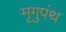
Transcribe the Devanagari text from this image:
मृगुपंथ